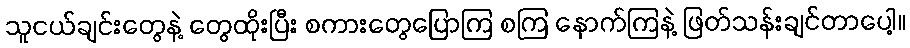
သူငယ်ချင်းတွေနဲ့ တွေထိုးပြီး စကားတွေပြောကြ စကြ နောက်ကြနဲ့ ဖြတ်သန်းချင်တာပေါ့။